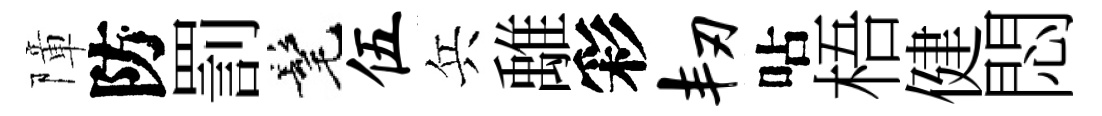
障防罰髦伍兵𩀌彩韧呫梧健悶